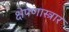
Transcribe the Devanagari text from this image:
क्षेपणास्त्रार